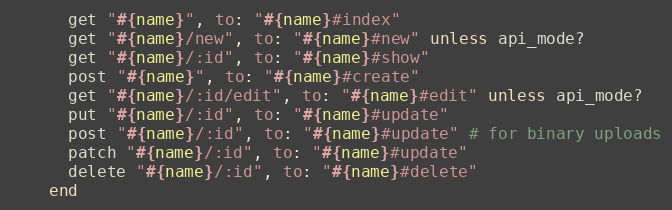
Language: Ruby
      get "#{name}", to: "#{name}#index"
      get "#{name}/new", to: "#{name}#new" unless api_mode?
      get "#{name}/:id", to: "#{name}#show"
      post "#{name}", to: "#{name}#create"
      get "#{name}/:id/edit", to: "#{name}#edit" unless api_mode?
      put "#{name}/:id", to: "#{name}#update"
      post "#{name}/:id", to: "#{name}#update" # for binary uploads
      patch "#{name}/:id", to: "#{name}#update"
      delete "#{name}/:id", to: "#{name}#delete"
    end